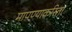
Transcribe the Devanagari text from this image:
मापण्याकरिता